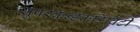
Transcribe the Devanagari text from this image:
सुपरकन्डकटिविटी